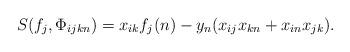
LaTeX: \begin{align*}S(f_{j}, \Phi_{i j k n} ) = x_{i k}f_j(n) - y_n (x_{i j}x_{k n} + x_{i n}x_{j k}).\end{align*}